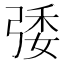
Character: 㢻